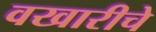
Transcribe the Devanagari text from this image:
वखारीचे